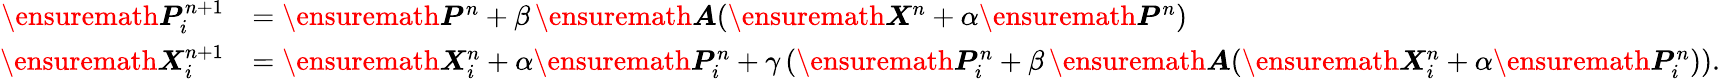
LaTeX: \begin{array}{rl}{\ensuremath{\boldsymbol{P}}_{i}^{n+1}}&{=\ensuremath{\boldsymbol{P}}^{n}+\beta\, \ensuremath{\boldsymbol{A}}(\ensuremath{\boldsymbol{X}}^{n}+\alpha\ensuremath{\boldsymbol{P}}^{n})}\\ {\ensuremath{\boldsymbol{X}}_{i}^{n+1}}&{=\ensuremath{\boldsymbol{X}}_{i}^{n}+\alpha\ensuremath{\boldsymbol{P}}_{i}^{n}+\gamma\left(\ensuremath{\boldsymbol{P}}_{i}^{n}+\beta\, \ensuremath{\boldsymbol{A}}(\ensuremath{\boldsymbol{X}}_{i}^{n}+\alpha\ensuremath{\boldsymbol{P}}_{i}^{n})\right).}\end{array}